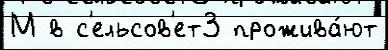
М в с'ельсов'ет3 прожива́ют